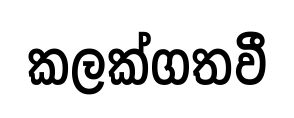
කලක්ගතවී